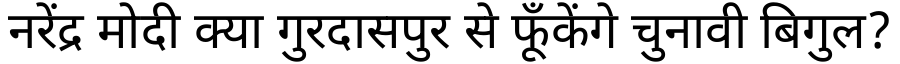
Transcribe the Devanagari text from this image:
नरेंद्र मोदी क्या गुरदासपुर से फूँकेंगे चुनावी बिगुल?